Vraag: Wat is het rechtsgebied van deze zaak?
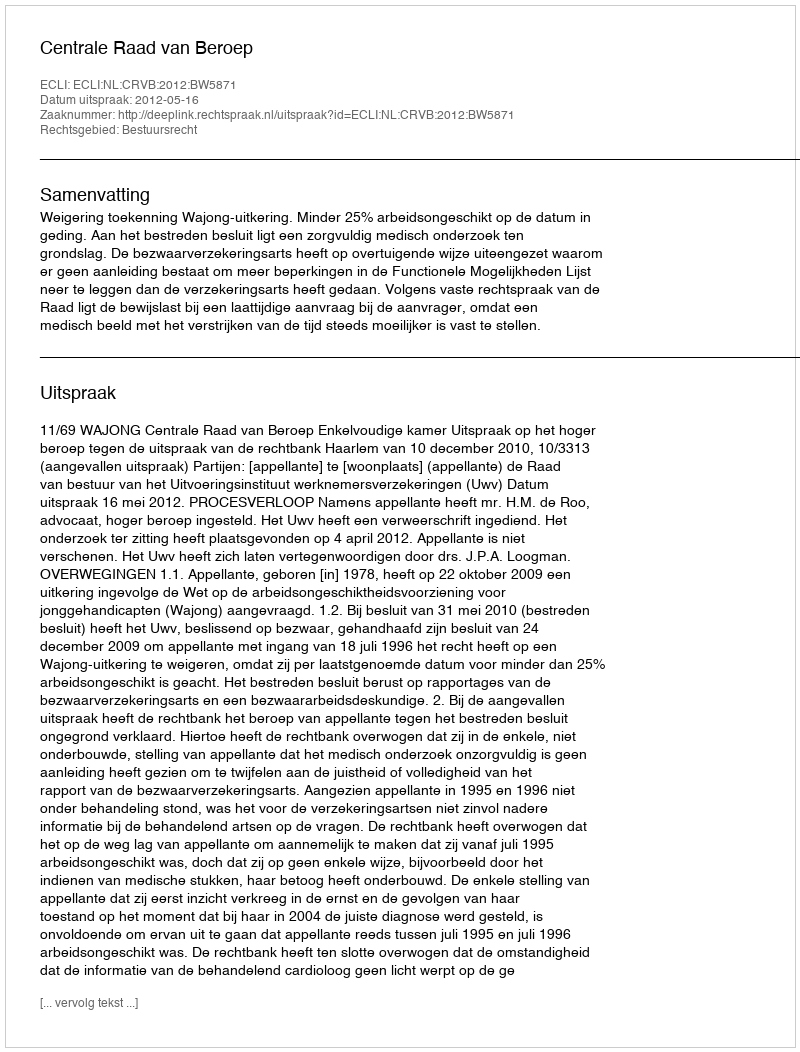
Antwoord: Bestuursrecht